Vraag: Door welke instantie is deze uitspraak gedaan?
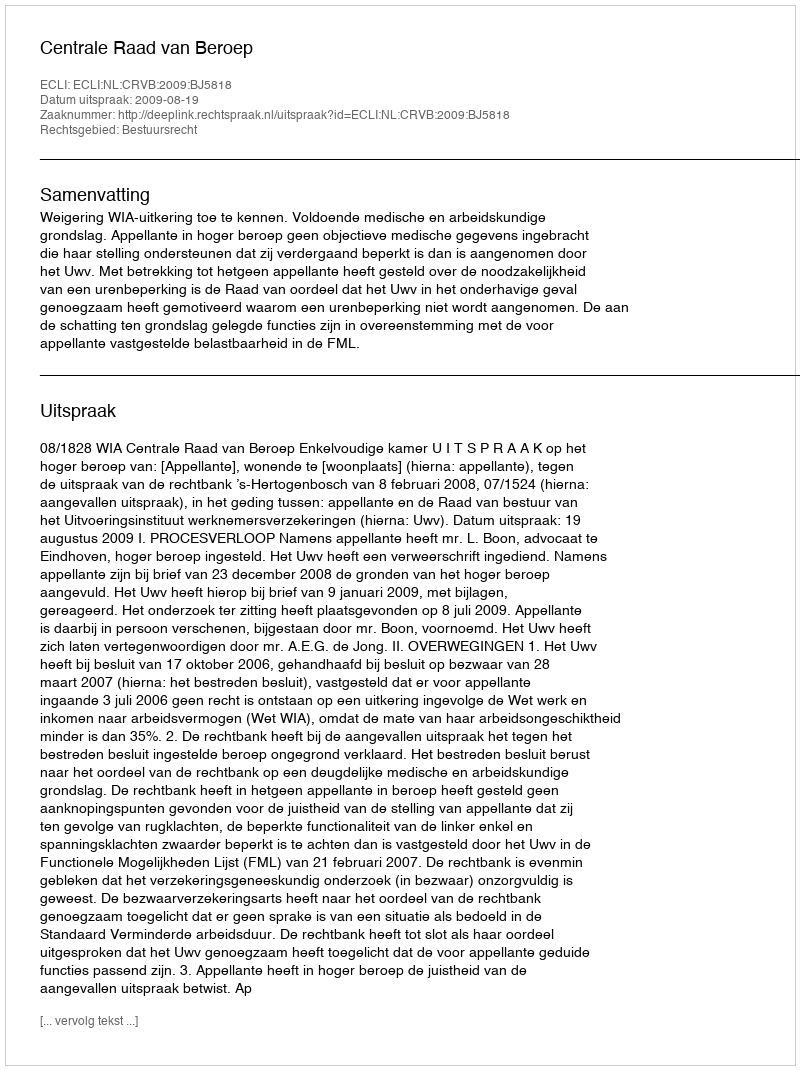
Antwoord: Centrale Raad van Beroep